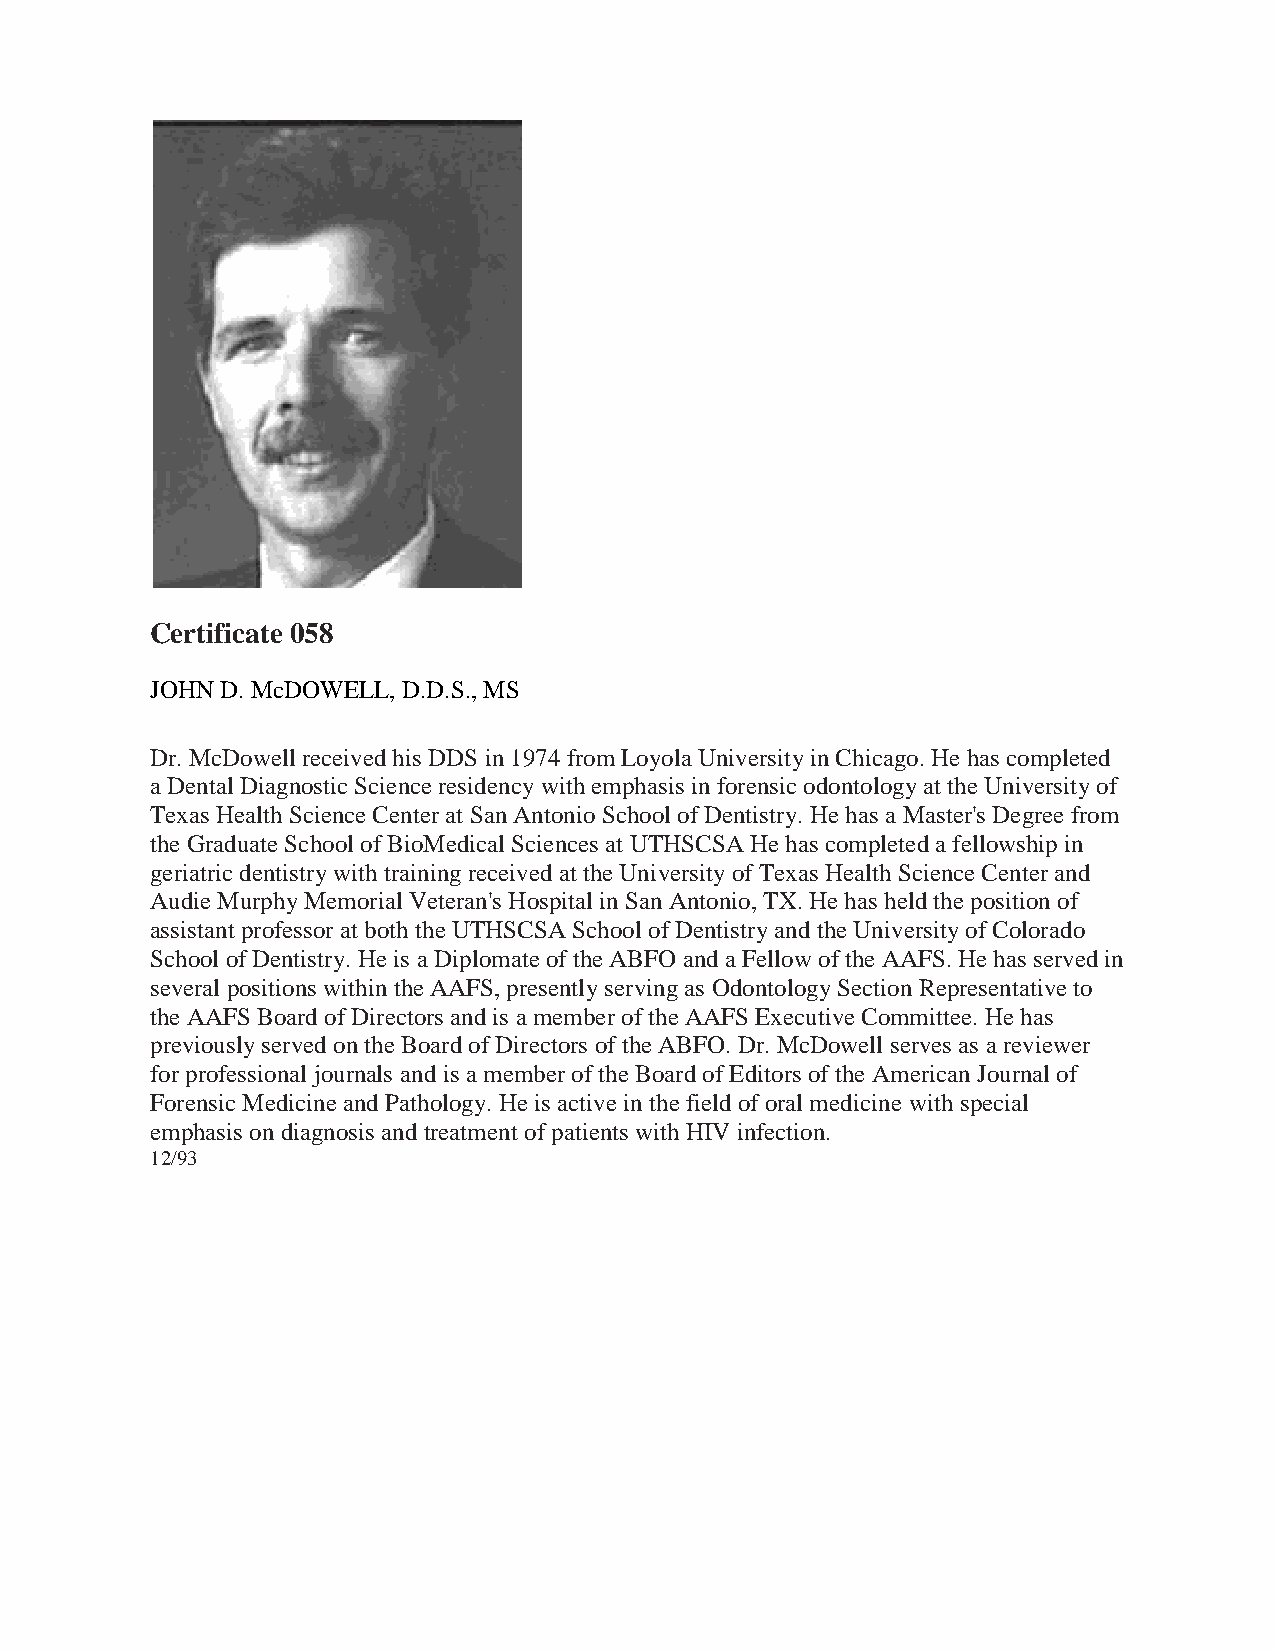
Certificate 058
 JOHN D. McDOWELL, D.D.S., MS
 Dr. McDowell received his DDS in 1974 from Loyola University in Chicago. He has completed
 a Dental Diagnostic Science residency with emphasis in forensic odontology at the University of
 Texas Health Science Center at San Antonio School of Dentistry. He has a Master's Degree from
 the Graduate School of BioMedical Sciences at UTHSCSA He has completed a fellowship in
 geriatric dentistry with training received at the University of Texas Health Science Center and
 Audie Murphy Memorial Veteran's Hospital in San Antonio, TX. He has held the position of
 assistant professor at both the UTHSCSA School of Dentistry and the University of Colorado
 School of Dentistry. He is a Diplomate of the ABFO and a Fellow of the AAFS. He has served in
 several positions within the AAFS, presently serving as Odontology Section Representative to
 the AAFS Board of Directors and is a member of the AAFS Executive Committee. He has
 previously served on the Board of Directors of the ABFO. Dr. McDowell serves as a reviewer
 for professional journals and is a member of the Board of Editors of the American Journal of
 Forensic Medicine and Pathology. He is active in the field of oral medicine with special
 emphasis on diagnosis and treatment of patients with HIV infection.
 12/93